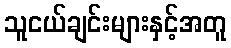
သူငယ်ချင်းများနှင့်အတူ